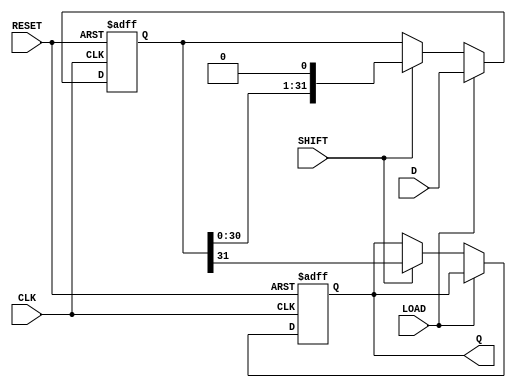
module PISO_Register (
    input wire [31:0] D,      // 32-bit parallel data input
    input wire LOAD,          // Load control signal
    input wire SHIFT,         // Shift control signal
    input wire CLK,           // Clock signal
    input wire RESET,         // Reset control signal
    output reg Q              // Serial output
);

    reg [31:0] shift_reg;     // Internal shift register

    always @(posedge CLK or posedge RESET) begin
        if (RESET) begin
            // Reset the shift register and output
            shift_reg <= 32'b0;
            Q <= 1'b0;
        end else if (LOAD) begin
            // Load the parallel data into the shift register
            shift_reg <= D;
        end else if (SHIFT) begin
            // Shift the data out serially
            Q <= shift_reg[31]; // Output the MSB
            shift_reg <= {shift_reg[30:0], 1'b0}; // Shift left
        end
    end

endmodule